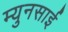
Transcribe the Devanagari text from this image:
म्युनसाई